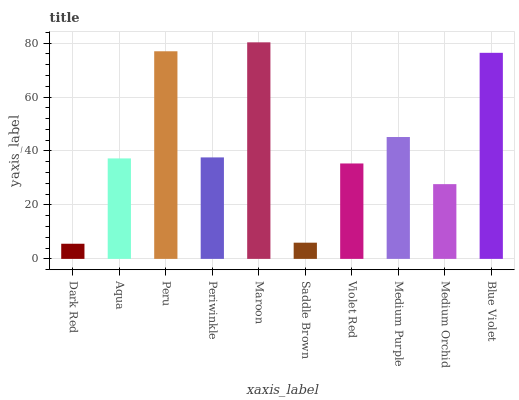
| xaxis_label | bars |
 | --- | --- |
 | Dark Red | 5.61 |
 | Aqua | 37.2 |
 | Peru | 77 |
 | Periwinkle | 37.6 |
 | Maroon | 80.3 |
 | Saddle Brown | 6.01 |
 | Violet Red | 35.4 |
 | Medium Purple | 45.2 |
 | Medium Orchid | 27.7 |
 | Blue Violet | 76.4 |